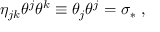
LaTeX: \eta _ { j k } \theta ^ { j } \theta ^ { k } \equiv \theta _ { j } \theta ^ { j } = \sigma _ { \ast } \; ,